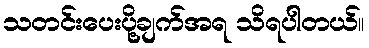
သတင်းပေးပို့ချက်အရ သိရပါတယ်။